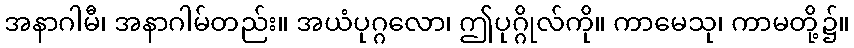
အနာဂါမီ၊ အနာဂါမ်တည်း။ အယံပုဂ္ဂလော၊ ဤပုဂ္ဂိုလ်ကို။ ကာမေသု၊ ကာမတို့၌။